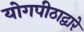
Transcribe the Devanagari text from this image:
योगपीठाद्वारे